system: You are a helpful assistant.
user:
Analyze the provided spectrum to determine if it is a **M-type Giant (gM)**.

A M-type Giant spectrum is defined by its **strong molecular absorption** features, particularly from **Titanium Oxide (TiO)**. You must check for one of the following mutually exclusive signatures:

- **Key Visual Indicators (Absorption-Dominated Spectrum):**

    - **(Primary):** The spectrum is dominated by strong molecular absorption from **Titanium Oxide (TiO)**. This is the **defining feature** of its M-type temperature class.
        - **(Key Bandheads):** Look for sharp, "saw-tooth" absorption valleys. The strongest are located near **~7050 Å**, **~6160 Å**, and **~5170 Å**.
        - **(Line Profile):** The "saw-tooth" morphology is critical: a **sharp, steep drop on the BLUE (short-wavelength) side** of the bandhead, followed by a gradual recovery (rising flux) towards the RED (long-wavelength) side.

    - **(Key Confirmation - Giant vs. Dwarf):** **ABSENCE** of strong **Calcium Hydride (CaH)** molecular bands. This is the primary diagnostic for *excluding* M-dwarfs.
        - **(Key Region):** The spectrum should lack the strong, broad absorption band seen in dwarfs between **~6800 Å and ~7000 Å**.

    - **(Secondary Confirmation - Giant):** A very strong and broad **Neutral Calcium (Ca I)** atomic absorption line.
        - **(Key Line):** Located at **~4226 Å**. In a giant (gM), this line is significantly deeper and broader than the same line in an M-dwarf (dM) due to low surface gravity.

    - **(Overall Spectrum):**
        - The continuum is **extremely red-sloping** (i.e., flux is very low in the blue and rises dramatically towards the red).
        - The entire spectrum appears "chopped up" by the deep TiO bands.

Think first, call **spectral_visualization_tool** if needed to examine features in detail, then provide your final answer. Your response must adhere to the following strict rules:
1.  **Overall Structure:** Your response must follow the format `<think>...</think> <tool_call>...</tool_call> (if a tool is used) <answer>...</answer>`.
2.  **Tool Usage Constraint:** You may only make **one** tool call per turn.
3.  **Final Answer Format:** In the `<answer>` tag, your conclusion must be inside a `\boxed{}` command (e.g., `\boxed{YES}` or `\boxed{NO}`), followed by your justification.

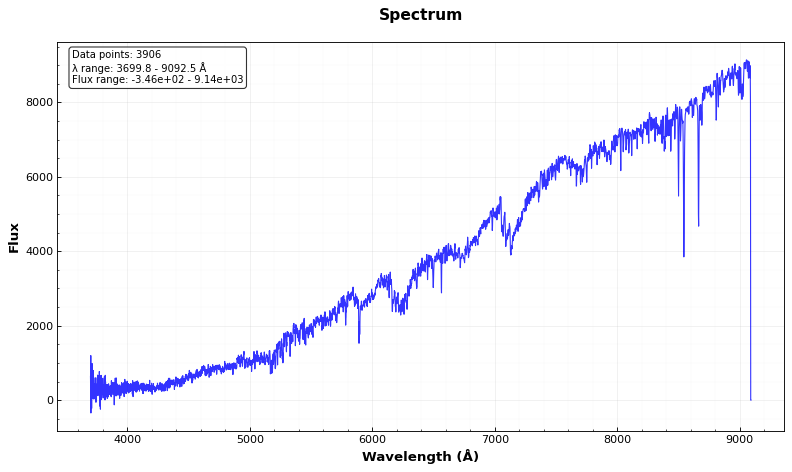
Answer: YES